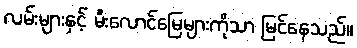
လမ်းများနှင့် မီးလောင်မြေများကိုသာ မြင်နေသည်။